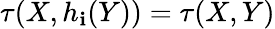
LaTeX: \tau(X,h_{\mathbf{i}}(Y))=\tau(X,Y)